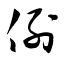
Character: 例